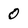
Character: 0